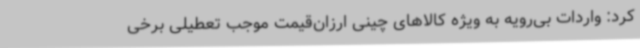
کرد: واردات بی‌رویه به ویژه کالاهای چینی ارزان‌قیمت موجب تعطیلی برخی